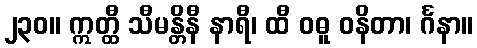
၂၃၀။ ဣတ္ထီ သီမန္တိနီ နာရီ၊ ထီ ဝဓူ ဝနိတာ၊ င်္ဂနာ။